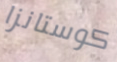
كوستانزا